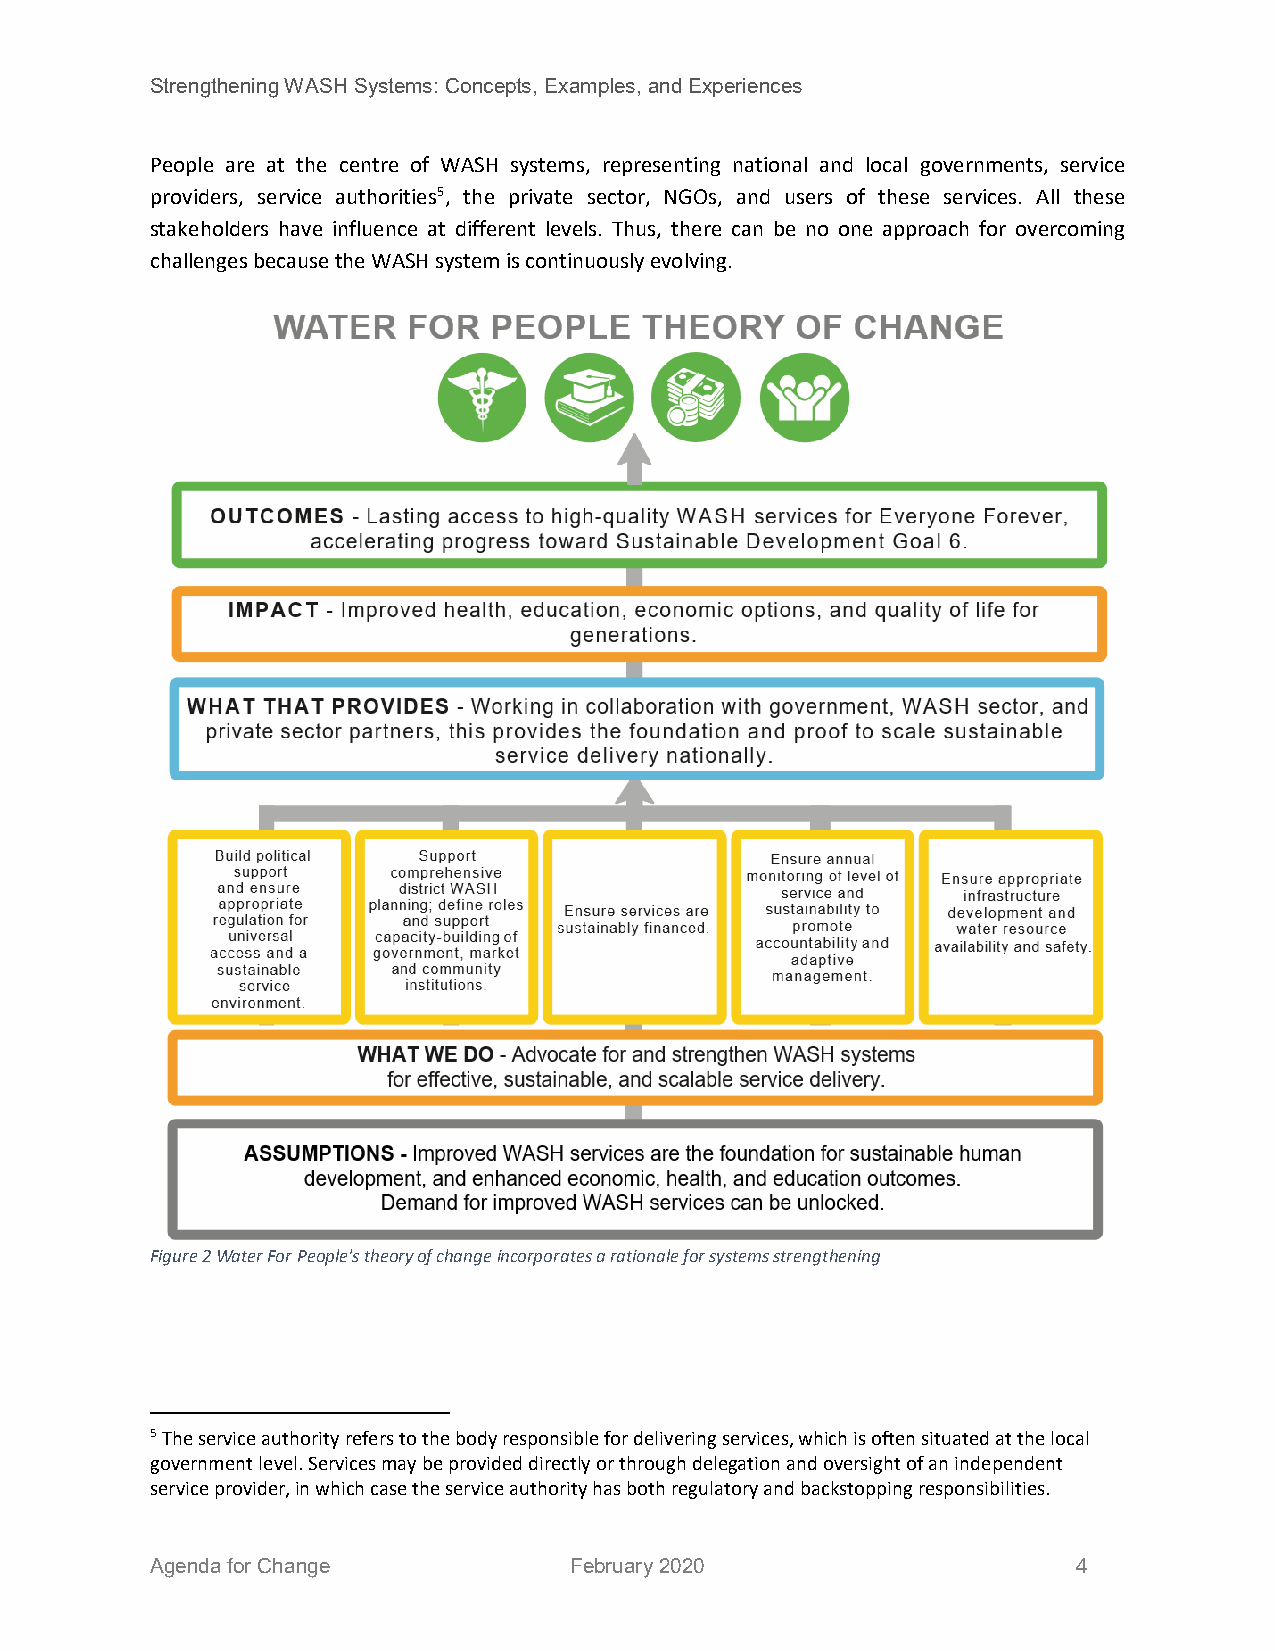
Strengthening WASH Systems: Concepts, Examples, and Experiences
 People are at the centre of WASH systems, representing national and local governments, service
 providers, service authorities5, the private sector, NGOs, and users of these services. All these
 stakeholders have influence at different levels. Thus, there can be no one approach for overcoming
 challenges because the WASH system is continuously evolving.
 Figure 2 Water For People's theory of change incorporates a rationale for systems strengthening
 5 The service authority refers to the body responsible for delivering services, which is often situated at the local
 government level. Services may be provided directly or through delegation and oversight of an independent
 service provider, in which case the service authority has both regulatory and backstopping responsibilities.
 Agenda for Change           February 2020                    4